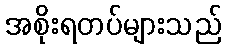
အစိုးရတပ်များသည်